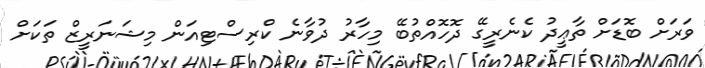
ވަރަށް ބޮޑަށް ތާޢީދު ކެނެރީގޭ ދޮހޮއްތުބޭ މިހާރު ދުވާނެ ކްރިސްޓިއަން މިޝަނަރީޒް ތަކަށް